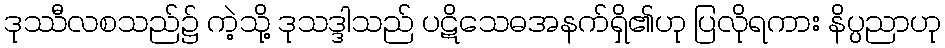
ဒုဿီလစသည်၌ ကဲ့သို့ ဒုသဒ္ဒါသည် ပဋိသေဓအနက်ရှိ၏ဟု ပြလိုရကား နိပ္ပညာဟု